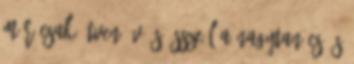
már csak ötven év és összeül a nagytanács, s